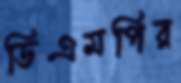
ডিএমপির